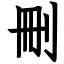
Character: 刪